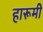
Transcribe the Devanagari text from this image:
हारूमी